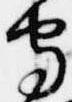
守